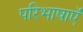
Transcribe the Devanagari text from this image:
परिभाषाऍं